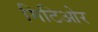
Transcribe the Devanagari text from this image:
मिटिओर